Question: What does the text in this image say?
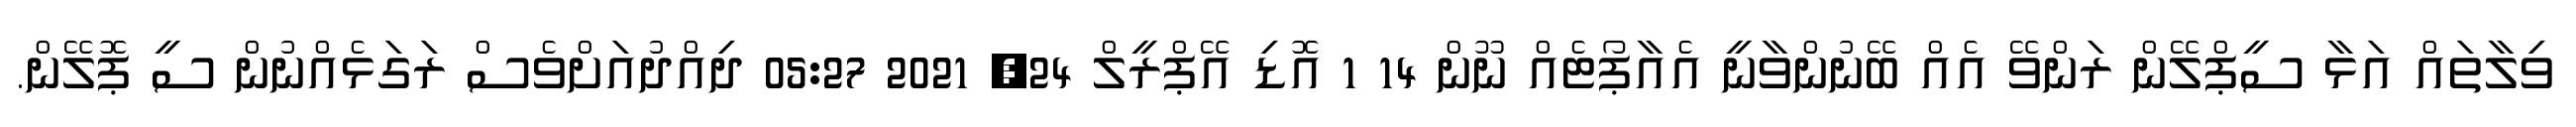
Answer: ވިލާތައް އަޅާ ސީޕްލޭން ރަންވޭ އެއް ބޭނުންވާނީ އެއާޕޯޓެއް ނޫން 14 1 އޮޑި އޭޕްރީލް 24, 2021 05:27 ދިއްދުއަށްވެސް ރަގަޅެއްނުން ސީ ޕޮލޭން.